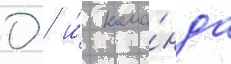
0 / и́ кома́нда